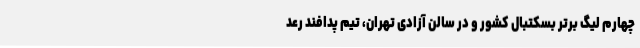
چهارم لیگ برتر بسکتبال کشور و در سالن آزادی تهران، تیم‌ پدافند رعد